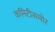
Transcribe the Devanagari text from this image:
कमिटीसमोर